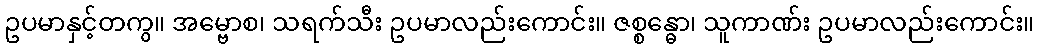
ဥပမာနှင့်တကွ။ အမ္ဗောစ၊ သရက်သီး ဥပမာလည်းကောင်း။ ဇစ္စန္ဓော၊ သူကာဏ်း ဥပမာလည်းကောင်း။